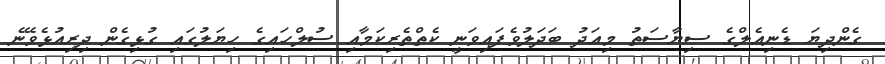
ގެންދިޔަ ޑެނިއެލްގެ ސިޔާސަތު މިއަދު ބަދަލުވެފައިވަނީ ކެތްތެރިކަމާއި ސުލްހައިގެ ހިޔަލުގައި ގުޅިގެން ދިރިއުޅެވޭނެ